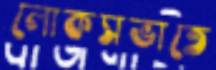
লোকসভাতে